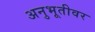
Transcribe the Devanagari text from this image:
अनुभूतीवर